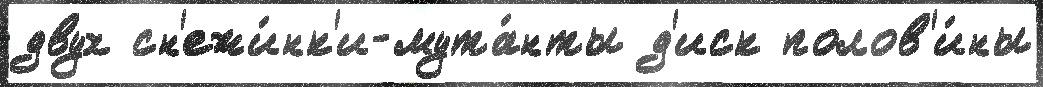
двух сн'ежи́нк'и-мута́нты д'иск полов'и́ны